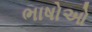
ભાષોઓ